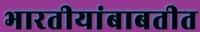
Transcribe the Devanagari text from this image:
भारतीयांबाबतीत